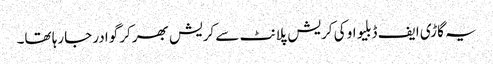
یہ گاڑی ایف ڈبلیو او کی کریش پلانٹ سے کریش بھرکر گوادر جارہا تھا۔